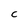
Character: c